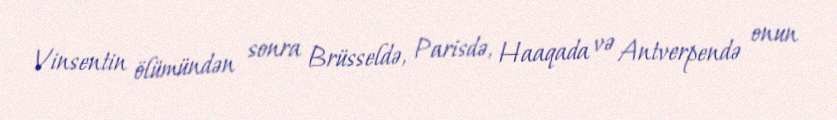
Vinsentin ölümündən sonra Brüsseldə, Parisdə, Haaqada və Antverpendə onun